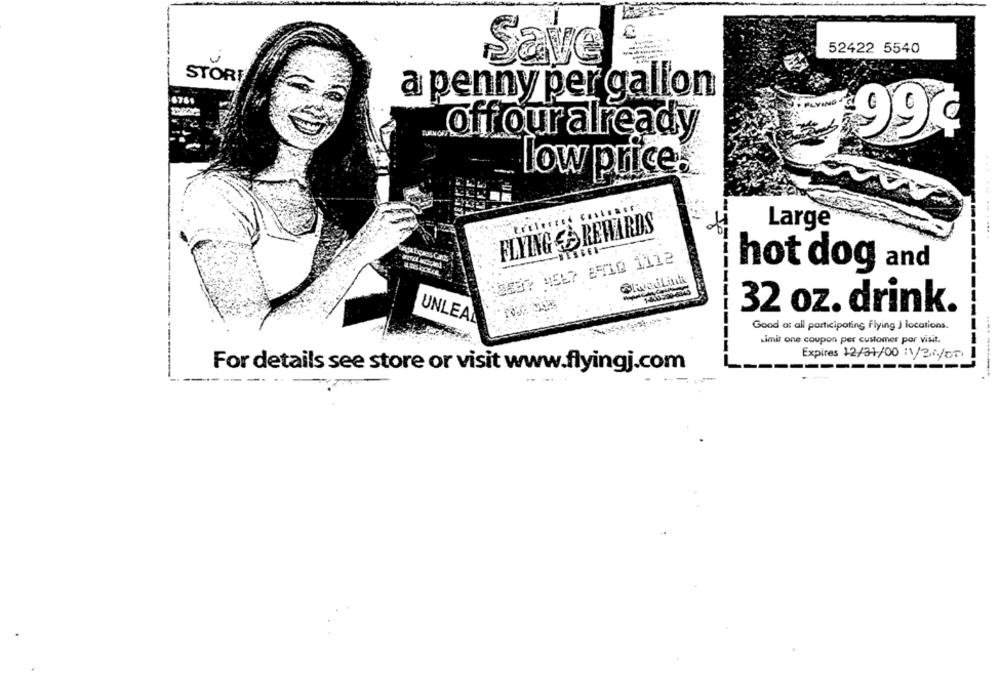
...
52422 5540
Save
STOR
a penny per gallon
FLYING
off our already
99%
low price.
FLYING REWARDS
Large
:SEB7 4567 8910 1112
hot dog and
32 oz. drink.
Good at all participating Flying J locations.
Limit one coupon per customer por visit.
Expires 12/31/00 :1/30/00
For details see store or visit www.flyingj.com
--------